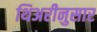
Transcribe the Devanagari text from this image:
थिअरीनुसार